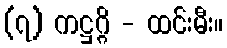
(၇) ကဋ္ဌဂ္ဂိ - ထင်းမီး။